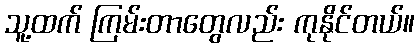
သူ့ထက် ကြမ်းတာတွေလည်း ကုနိုင်တယ်။